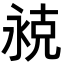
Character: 𬇾